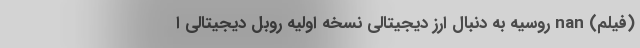
(فیلم) nan روسیه به دنبال ارز دیجیتالی نسخه اولیه روبل دیجیتالی ا